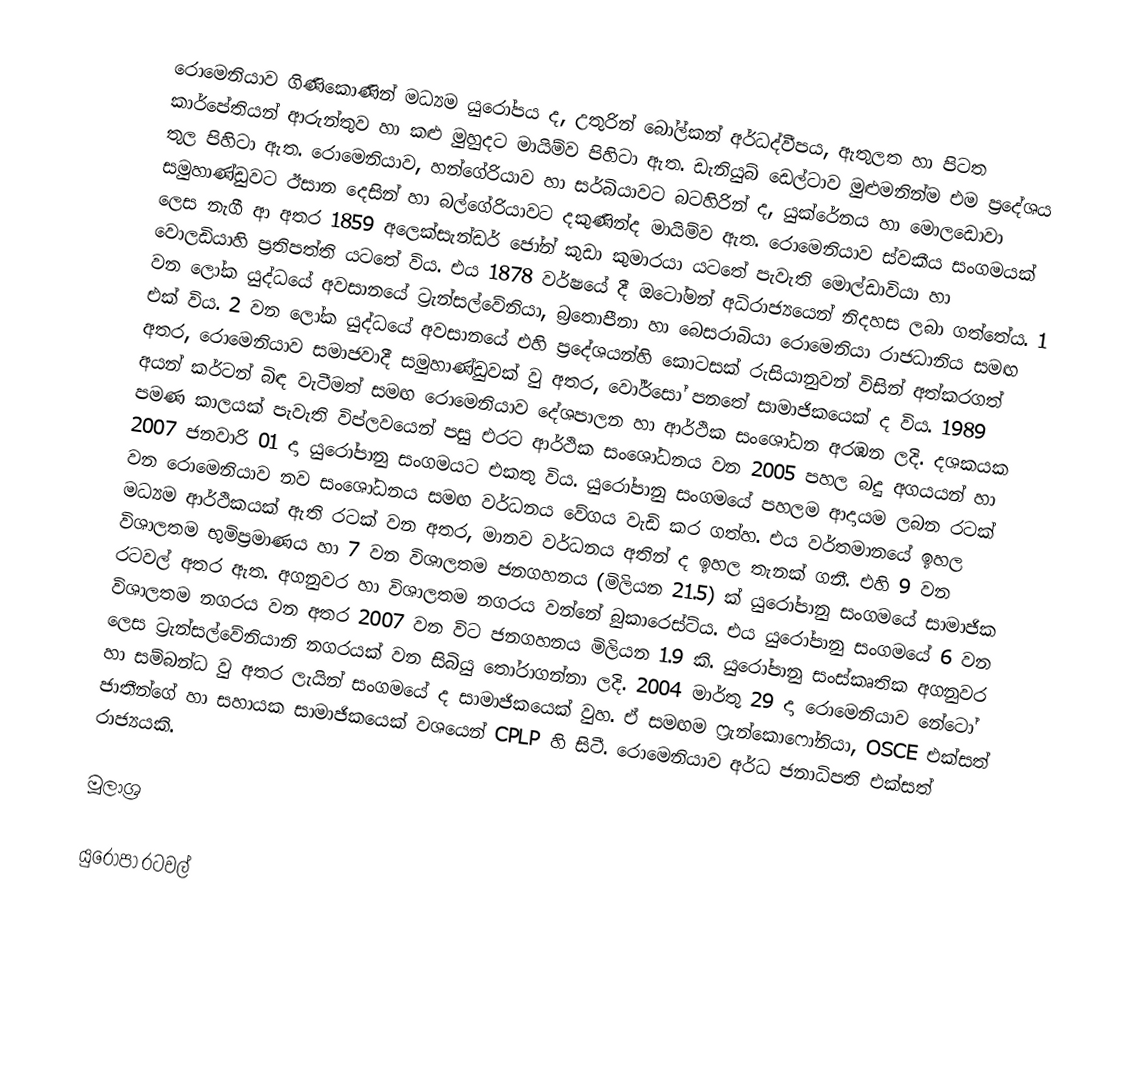
රොමෙනියාව ගිණිකොණින් මධ්‍යම යුරෝපය ද, උතුරින් බෝල්කන් අර්ධද්වීපය, ඇතුලත හා පිටත කාර්පේතියන් ආරුන්තුව හා කළු මුහුදට මායිම්ව පිහිටා ඇත. ඩැනියුබ් ඩෙල්ටාව මුළුමනින්ම එම ප්‍රදේශය තුල පිහිටා ඇත. රොමෙනියාව, හන්ගේරියාව හා සර්බියාවට බටහිරින් ද, යුක්රේනය හා මොලඩොවා සමුහාණ්ඩුවට ඊසාන දෙසින් හා බල්ගේරියාවට දකුණින්ද මායිම්ව ඇත. රොමෙනියාව ස්වකීය සංගමයක් ලෙස නැගී ආ අතර 1859 අලෙක්සැන්ඩර් ජෝන් කුඩා කුමාරයා යටතේ පැවැති මොල්ඩාවියා හා වොලඩියාහි ප්‍රතිපත්ති යටතේ විය. එය 1878 වර්ෂයේ දී ඔටෝමන් අධිරාජ්‍යයෙන් නිදහස ලබා ගත්තේය. 1 වන ලෝක යුද්ධයේ අවසා‍නයේ ට්‍රැන්සල්වේනියා, බ්‍රතොපීනා හා බෙස‍රාබියා රොමෙනියා රාජධානිය සමඟ එක් විය. 2 වන ලෝක යුද්ධයේ අවසානයේ එහි ප්‍රදේශයන්හි කොටසක් රුසියානුවන් විසින් අත්කරගත් අතර, රොමෙනියාව සමාජවාදී සමුහාණ්ඩුවක් වු අතර, වෝර්සෝ පනතේ සාමාජිකයෙක් ද විය. 1989 අයන් කර්ටන් බිඳ වැටීමත් සමඟ රොමෙනියාව දේශපාලන හා ආර්ථික සංශෝධන අරඹන ලදි. දශකයක පමණ කාලයක් පැවැති විප්ලවයෙන් පසු එරට ආර්ථික සංශෝධනය වන 2005 පහල බදු අගයයන් හා 2007 ජනවාරි 01 දා යුරෝපානු සංගමයට එකතු විය. යුරෝපානු සංගමයේ පහලම ආදායම ලබන රටක් වන ‍‍රොමෙනියාව නව ‍සංශෝධනය සමඟ වර්ධනය වේගය වැඩි කර ගත්හ. එය වර්තමානයේ ඉහල මධ්‍යම ආර්ථිකයක් ඇති රටක් වන අතර, මානව වර්ධනය අතින් ද ඉහල තැනක් ගනී. එහි 9 වන විශාලතම භුමිප්‍රමාණය හා 7 වන විශාලතම ජනගහනය (මිලියන 21.5) ක් යුරෝපානු සංගමයේ සාමාජික රටවල් අතර ඇත. අගනුවර හා විශාලතම නගරය වන්නේ බුකාරෙස්ට්ය. එය යුරෝපානු සංගමයේ 6 වන විශාලතම නගරය වන අතර 2007 වන විට ජනගහනය මිලියන 1.9 කි. යුරෝපානු සංස්කෘතික අගනුවර ලෙස ට්‍රැන්සල්වේනියානි නගරයක් වන සිබියු තෝරාගන්නා ලදි. 2004 මාර්තු 29 දා රොමෙනියාව නේටෝ හා සම්බන්ධ වු අතර ලැයින් සංගමයේ ද සාමාජිකයෙක් වුහ. ඒ සමඟම ෆ්‍රැන්කොෆෝනියා, OSCE එක්සත් ජාතීන්ගේ හා සහායක සාමාජිකයෙක් වශයෙන් CPLP හි සිටී. රොමෙනියාව අර්ධ ජනාධිපති එක්සත් රාජ්‍යයකි.

මූලාශ්‍ර

යුරෝපා රටවල්